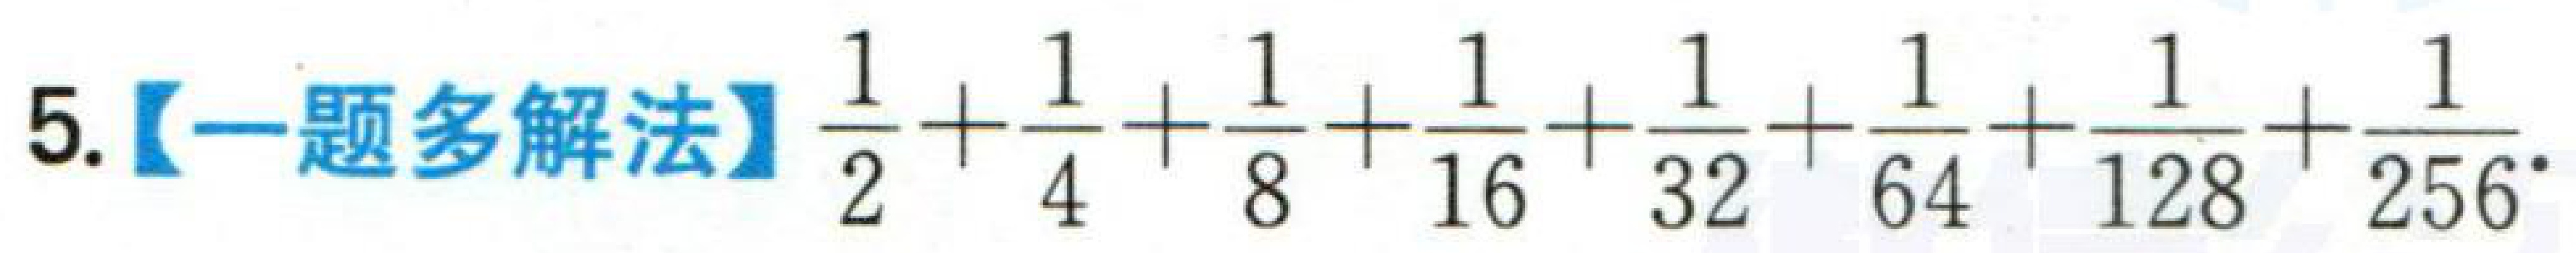
5.【一题多解法】$\dfrac{1}{2}+\dfrac{1}{4}+\dfrac{1}{8}+\dfrac{1}{16}+\dfrac{1}{32}+\dfrac{1}{64}+\dfrac{1}{128}+\dfrac{1}{256}$.